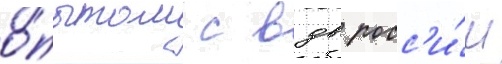
о́пытом с вдв росс'и́и